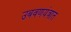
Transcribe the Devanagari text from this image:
उबवणयंत्रात